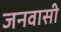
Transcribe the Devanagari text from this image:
जनवासी